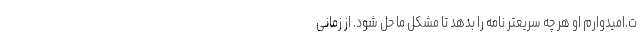
ت.امیدوارم او هر چه سریعتر نامه را بدهد تا مشکل ما حل شود. از زمانی